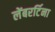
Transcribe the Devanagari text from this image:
लेंबरर्टिना